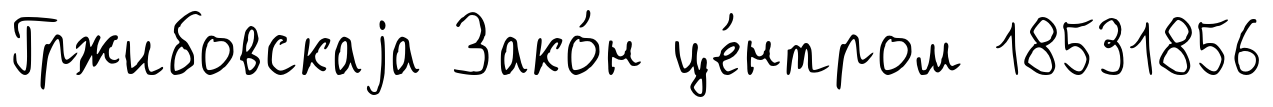
Гржибовскаjа Зако́н це́нтром 18531856